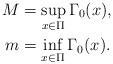
LaTeX: \begin{align*}M&=\sup_{x\in \Pi}\Gamma_0(x),\\m&=\inf_{x\in \Pi}\Gamma_0(x).\end{align*}